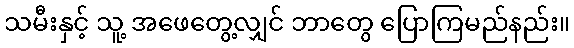
သမီးနှင့် သူ့ အဖေတွေ့လျှင် ဘာတွေ ပြောကြမည်နည်း။